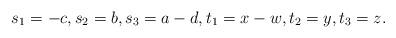
LaTeX: \begin{align*}s_1 = -c, s_2 = b, s_3 = a-d, t_1 = x-w, t_2 = y, t_3 = z.\end{align*}